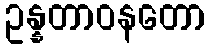
ဥန္နတာဝနတော